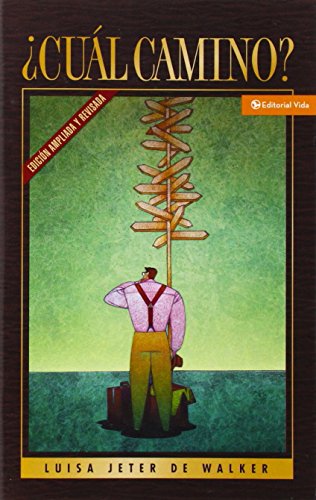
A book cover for Â¿CuÃ¡l camino?; Luisa Jeter de Walker; Christian Books & Bibles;